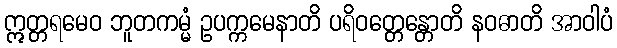
ဣတ္တရမေဝ ဘူတကမ္မံ ဥပက္ကမေနာတိ ပရိဝတ္တေန္တောတိ နဝဓာတိ အာဝါပံ